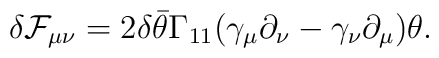
\delta {\cal F}_{\mu\nu} = 2 \delta \bar\theta \Gamma_{11}(\gamma_\mu \partial_\nu -\gamma_\nu \partial_\mu)\theta.